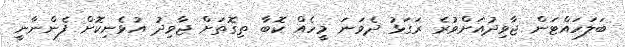
ބަލަހައްޓަން ޖާވިދުއަށްވުރެ ރަގަޅު ދެވަނަ މީހެއް ކޮބާ ތިގޮތަށް ޖާވިދު އުޅެނިކޮށް ފެންނާނީ